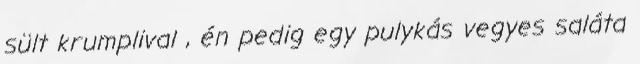
sült krumplival , én pedig egy pulykás vegyes saláta